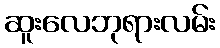
ဆူးလေဘုရားလမ်း